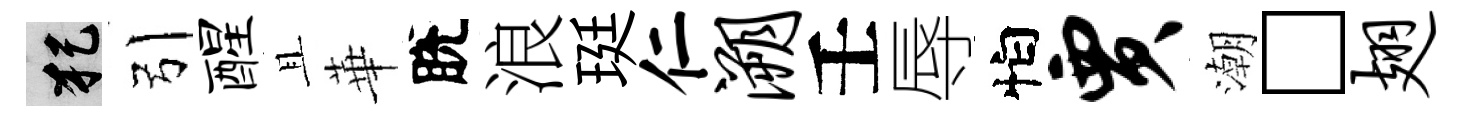
犯引醒且華脫浪珽仁溯壬辱怕贾潮□翅